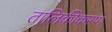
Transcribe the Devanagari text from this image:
तालिकीकरण